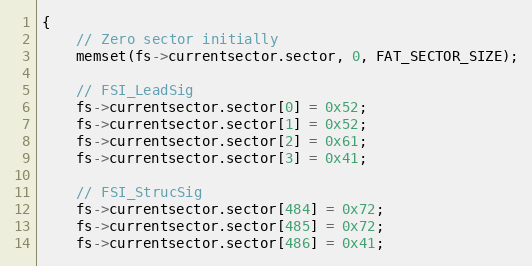
Language: C
{
    // Zero sector initially
    memset(fs->currentsector.sector, 0, FAT_SECTOR_SIZE);

    // FSI_LeadSig
    fs->currentsector.sector[0] = 0x52;
    fs->currentsector.sector[1] = 0x52;
    fs->currentsector.sector[2] = 0x61;
    fs->currentsector.sector[3] = 0x41;

    // FSI_StrucSig
    fs->currentsector.sector[484] = 0x72;
    fs->currentsector.sector[485] = 0x72;
    fs->currentsector.sector[486] = 0x41;